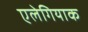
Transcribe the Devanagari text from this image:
एलेगियाक